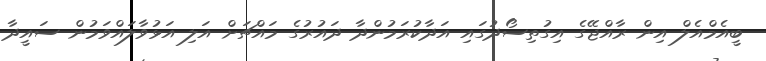
ބީއެމްއެލް އިން ރާއްޖޭގެ އިގުތިސޯދުގައި އަދާކުރަމުންދާ ދައުރުގެ މައްޗަށް އަލި އަޅުވާލައްވަމުން ސައީދާ